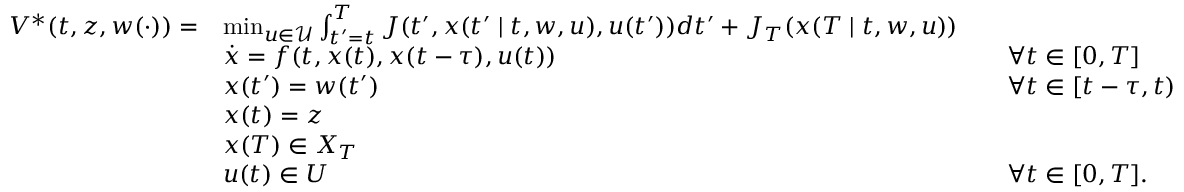
\begin{array} { r l r l } { V ^ { * } ( t , z , w ( \cdot ) ) = } & { \operatorname* { m i n } _ { u \in \mathcal { U } } \int _ { t ^ { \prime } = t } ^ { T } { J ( t ^ { \prime } , x ( t ^ { \prime } \mid t , w , u ) , u ( t ^ { \prime } ) ) d t ^ { \prime } } + J _ { T } ( x ( T \mid t , w , u ) ) } \\ & { \dot { x } = f ( t , x ( t ) , x ( t - \tau ) , u ( t ) ) } & & { \forall t \in [ 0 , T ] } \\ & { x ( t ^ { \prime } ) = w ( t ^ { \prime } ) } & & { \forall t \in [ t - \tau , t ) } \\ & { x ( t ) = z } \\ & { x ( T ) \in X _ { T } } \\ & { u ( t ) \in U } & & { \forall t \in [ 0 , T ] . } \end{array}